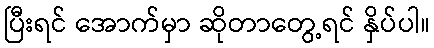
ပြီးရင် အောက်မှာ ဆိုတာတွေ့ရင် နှိပ်ပါ။